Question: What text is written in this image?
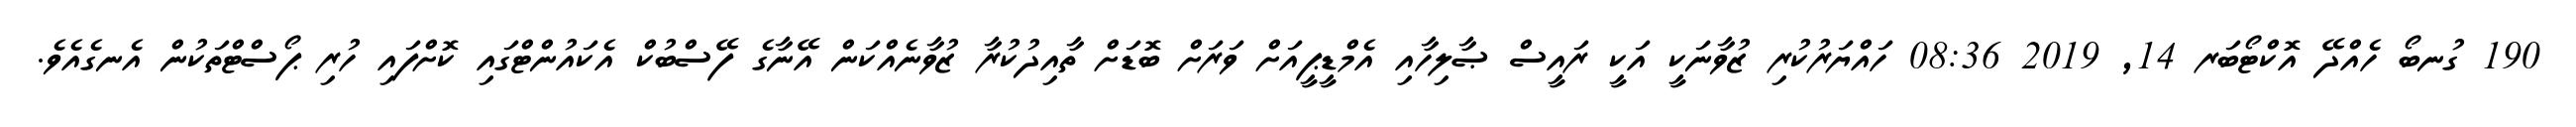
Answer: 190 ގުނބޯ ހެއްދޭ އޮކްޓޯބަރ 14, 2019 08:36 ހައްޔަރުކުރި ޒުވާނަކީ އަކީ ރައީސް ޞާލިހާއި އެމްޑީޕީއަށް ވަރަށް ބޮޑަށް ތާއިދުކުރާ ޒުވާނެއްކަން އޭނާގެ ފޭސްބުކް އެކައުންޓްގައި ކޮށްފައި ހުރި ޕޯސްޓްތަކުން އެނގެއެވެ.